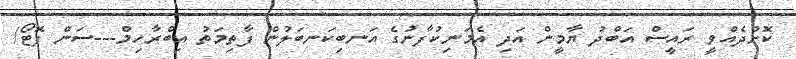
ކޮށްދެއްވީ ރައީސް އަބްދު ޔާމީން އަދި އެމަނިކުފާނުގެ އަނބިކަނބަލުން ފާތިމަތު އިބްރާހިމް---ސަން ފޮޓޯ/